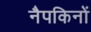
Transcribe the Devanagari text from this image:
नैपकिनों